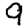
Digit: 9